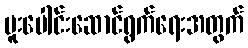
ပူးပေါင်းဆောင်ရွက်ရေးအတွက်